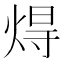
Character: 𤊢